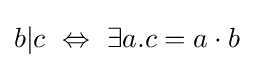
b|c\ \Leftrightarrow \ \exists a.c=a\cdot b